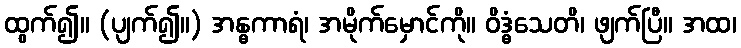
ထွက်၍။ (ပျက်၍။) အန္ဓကာရံ၊ အမိုက်မှောင်ကို။ ဝိဒ္ဓံသေတိ၊ ဖျက်ပြီ။ အထ၊